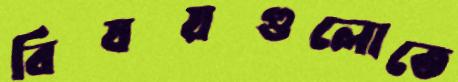
বিষয়গুলোতে